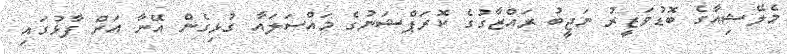
މެލޭޝިއާގެ ބޮޑުވަޒީރު ނަޖީބު ރައްޒާގުގެ ކޮރަޕްޝަނުގެ މައްސަލައާ ގުޅިގެން އޭނާ އަށް ފާޅުގައި